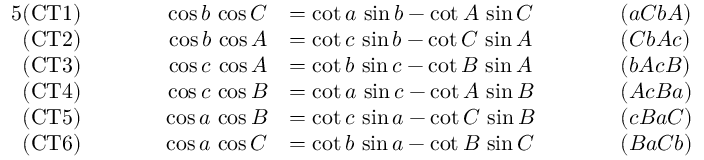
{ \begin{array} { r l r l r l } { { 5 } { \mathrm { ( C T 1 ) } } } & { } & { \qquad \cos b \, \cos C } & { = \cot a \, \sin b - \cot A \, \sin C \qquad } & & { ( a C b A ) } \\ { { \mathrm { ( C T 2 ) } } } & { } & { \cos b \, \cos A } & { = \cot c \, \sin b - \cot C \, \sin A } & & { ( C b A c ) } \\ { { \mathrm { ( C T 3 ) } } } & { } & { \cos c \, \cos A } & { = \cot b \, \sin c - \cot B \, \sin A } & & { ( b A c B ) } \\ { { \mathrm { ( C T 4 ) } } } & { } & { \cos c \, \cos B } & { = \cot a \, \sin c - \cot A \, \sin B } & & { ( A c B a ) } \\ { { \mathrm { ( C T 5 ) } } } & { } & { \cos a \, \cos B } & { = \cot c \, \sin a - \cot C \, \sin B } & & { ( c B a C ) } \\ { { \mathrm { ( C T 6 ) } } } & { } & { \cos a \, \cos C } & { = \cot b \, \sin a - \cot B \, \sin C } & & { ( B a C b ) } \end{array} }